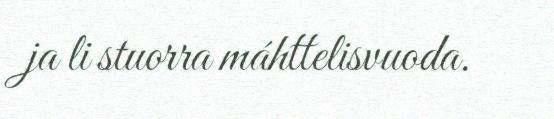
ja li stuorra máhttelisvuoda.